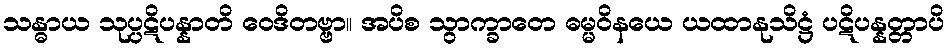
သန္ဓာယ သုပ္ပဋိပန္နာတိ ဝေဒိတဗ္ဗာ။ အပိစ သွာက္ခာတေ ဓမ္မဝိနယေ ယထာနုသိဋ္ဌံ ပဋိပန္နတ္တာပိ